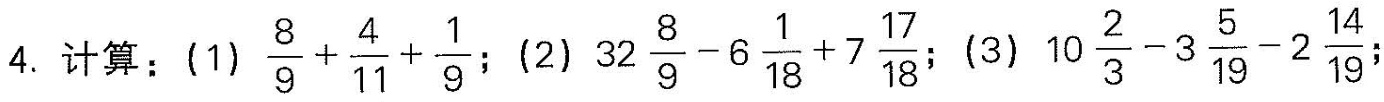
4.计算：(1) $$\frac { 8 } { 9 } + \frac { 4 } { 1 1 }+ \frac { 1 } { 9 }$$; (2) $$3 2 \frac { 8 } { 9 } - 6 \frac { 1 } { 1 8 } + 7 \frac { 1 7 } { 1 8 }$$；(3) $$10 \frac { 2 } { 3 } - 3 \frac { 5 } { 1 9 } - 2 \frac { 1 4 } { 1 9 }$$;